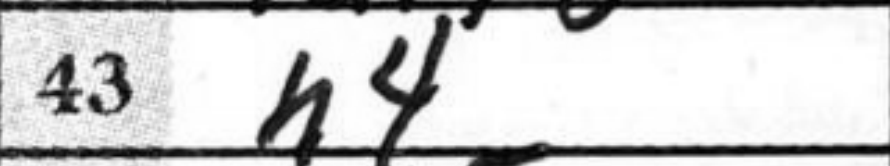
Transcription: h4